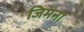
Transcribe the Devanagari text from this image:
जिमना